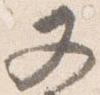
又